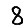
Digit: 8